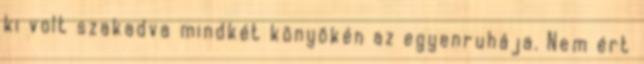
ki volt szakadva mindkét könyökén az egyenruhája. Nem ért